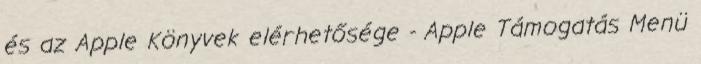
és az Apple Könyvek elérhetősége - Apple Támogatás Menü